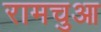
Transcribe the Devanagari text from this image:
रामचुआ